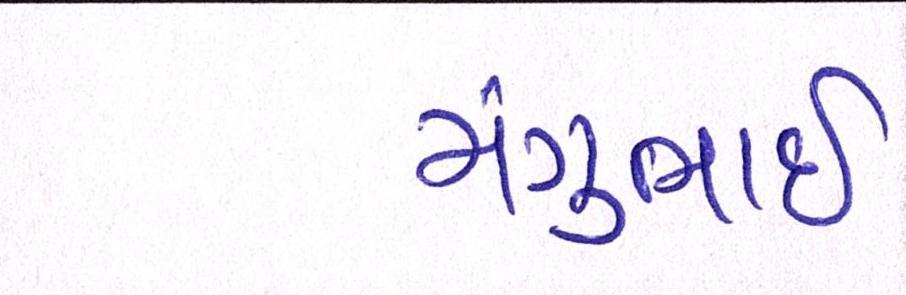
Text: મંગુભાઇ